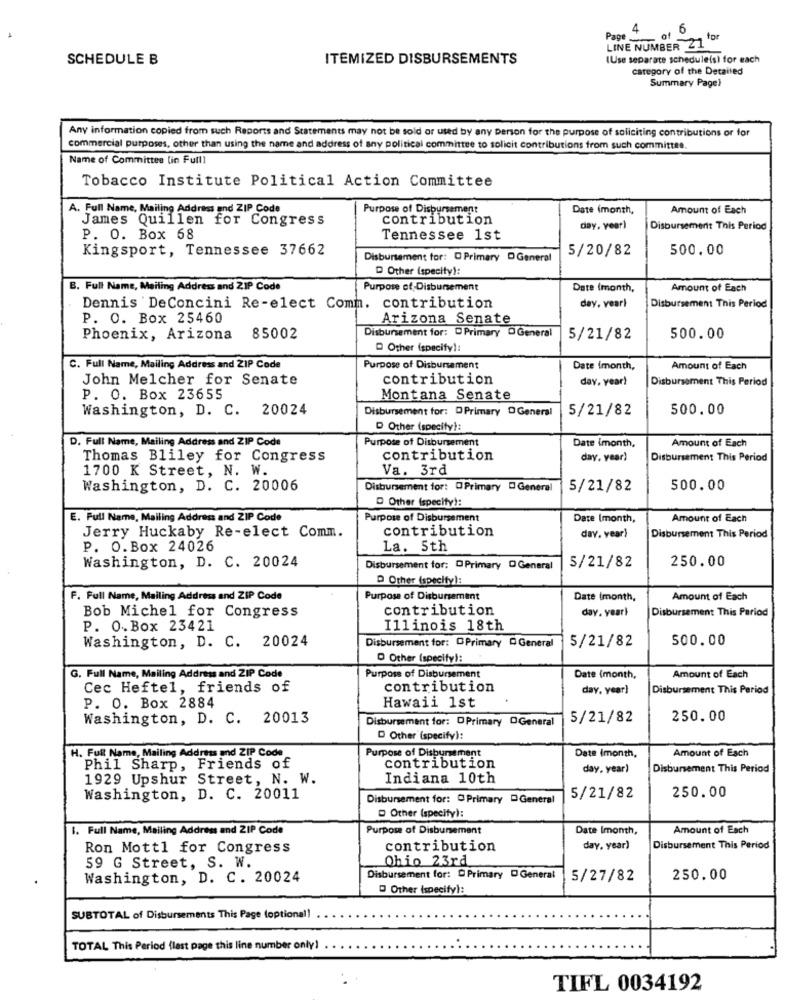
4
of 5
Page
LINE NUMBER 21
SCHEDULE B
ITEMIZED DISBURSEMENTS
(Use separate scheduleis) for each
category of the Detailed
Summary Page?
Any information copied from such Reports and Statements may not be sold or used by any person for the purpose of soliciting contributions or for
commercial purposes, other than using the name and address of any political committee to solicit contributions from such committee.
Name of Committee (in Full]
Tobacco Institute Political Action Committee
A. Full Name, Mailing Address and ZIP Code
Purpose of Disbursement
Date (month,
Amount of Each
James Quillen for Congress
contribution
day, year)
Disbursement This Period
P. O. Box 68
Tennessee 1st
Kingsport, Tennessee 37662
5/20/82
500.00
Disbursement for: D Primary DGeneral
D Other (specity):
B. Full Name, Mailing Address and ZIP Code
Purpose of-Disbursement
Date (month,
Amount of Each
Dennis DeConcini Re-elect Comm. contribution
day, vearl
Disbursement This Period
P. O. Box 25460
Arizona Senate
Disbursement for: D Primary D General
Phoenix, Arizona
85002
5/21/82
500.00
D Other (specify):
C. Full Name, Mailing Address and ZIP Code
Purpose of Disbursement
Date imonth,
Amount of Each
John Melcher for Senate
contribution
day, year)
Disbursement This Period
P. O. Box 23655
Montana Senate
Washington, D. C. 20024
Disbursement for: DPrimary D General
5/21/82
500.00
D Other (specify):
D. Full Name, Mailing Address and ZIP Code
Purpose of Disbursement
Date imonth,
Amount of Each
Thomas Bliley for Congress
contribution
day, year)
Disbursement This Period
1700 K Street, N. W.
Va. 3rd
Washington, D. C. 20006
Disbursement for: [Primary DGeneral
5/21/82
500.00
D Other (specify):
E. Full Name, Mailing Address and ZIP Code
Purpose of Disbursement
Date (month,
Amount of Each
contribution
Jerry Huckaby Re-elect Comm.
dav. vear)
Disbursement This Period
P. O.Box 24026
La. 5th
Washington, D. C. 20024
5/21/82
250.00
Disbursement for: D Primary DGeneral
D Other (specify]:
F. Full Name, Mailing Address and ZIP Code
Purpose of Disbursement
Date Imonth,
Amount of Each
contribution
day. year}
Disbursement This Period
Bob Michel for Congress
P. O.Box 23421
Illinois 18th
Washington, D. C. 20024
Disbursement for: @Primary D General
5/21/82
500.00
O Other (specify):
G. Full Name, Mailing Address and ZIP Code
Purpose of Disbursement
Date (month,
Amount of Each
Cec Heftel, friends of
contribution
day, year)
Disbursement This Period
P. O. Box 2884
Hawaii 1st
Washington, D. C. 20013
Disbursement for: DPrimary DGeneral
5/21/82
250.00
D Other (specify):
H. Full Name, Mailing Address and ZIP Code
Purpose of Disbursement
Amount of Esch
Date Imonth,
Phil Sharp, Friends of
contribution
day, year)
Disbursement This Period
1929 Upshur Street, N. W.
Indiana 10th
250.00
Washington, D. C. 20011
Disbursement for: 0 Primary DGeneral
5/21/82
D Other (specify):
1. Full Name, Mailing Address and ZIP Code
Purpose of Disbursement
Date Imonth,
Amount of Each
Ron Mottl for Congress
contribution
day, year)
Disbursement This Period
59 G Street, S. W.
Ohio 23rd
Washington, D. C. 20024
Disbursement for: D Primary DGeneral
5/27/82
250.00
O Other (specify):
SUBTOTAL of Disbursements This Page (optional!
TOTAL This Period (last page this line number only)
TIFL 0034192